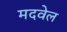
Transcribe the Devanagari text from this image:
मदवेल